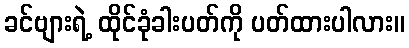
ခင်ဗျားရဲ့ ထိုင်ခုံခါးပတ်ကို ပတ်ထားပါလား။